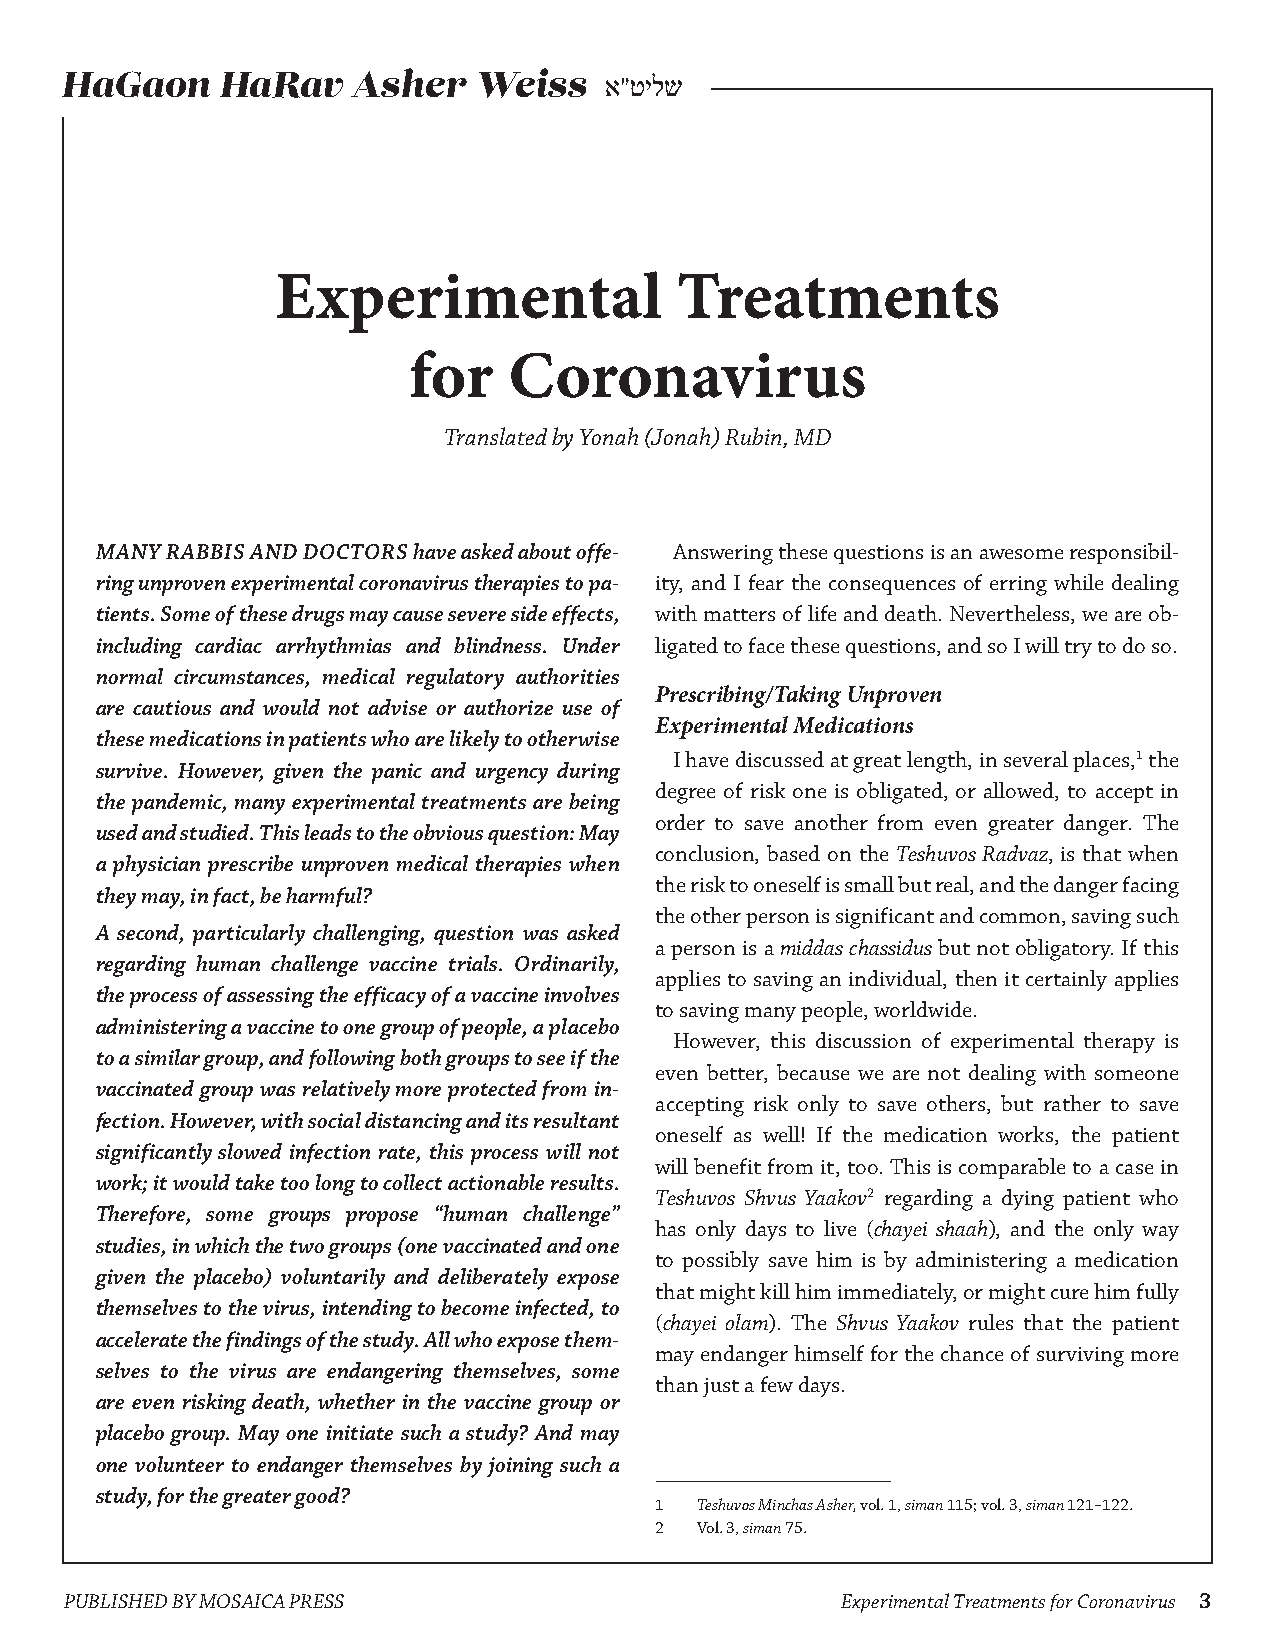
HaGaon    HaRav    Asher   Weiss    א”טילש
 Experimental               Treatments
 for    Coronavirus
 Translated by Yonah (Jonah) Rubin, MD
 MANY RABBIS AND DOCTORS have asked about offe- Answering these questions is an awesome responsibil-
 ring unproven experimental coronavirus therapies to pa- ity, and I fear the consequences of erring while dealing
 tients. Some of these drugs may cause severe side effects, with matters of life and death. Nevertheless, we are ob-
 including cardiac arrhythmias and blindness. Under ligated to face these questions, and so I will try to do so.
 normal circumstances, medical regulatory authorities
 Prescribing/Taking Unproven
 are cautious and would not advise or authorize use of
 Experimental Medications
 these medications in patients who are likely to otherwise
 I have discussed at great length, in several places,1 the
 survive. However, given the panic and urgency during
 degree of risk one is obligated, or allowed, to accept in
 the pandemic, many experimental treatments are being
 order to save another from even greater danger. The
 used and studied. This leads to the obvious question: May
 conclusion, based on the Teshuvos Radvaz, is that when
 a physician prescribe unproven medical therapies when
 the risk to oneself is small but real, and the danger facing
 they may, in fact, be harmful?
 the other person is significant and common, saving such
 A second, particularly challenging, question was asked
 a person is a middas chassidus but not obligatory. If this
 regarding human challenge vaccine trials. Ordinarily,
 applies to saving an individual, then it certainly applies
 the process of assessing the efficacy of a vaccine involves
 to saving many people, worldwide.
 administering a vaccine to one group of people, a placebo
 However, this discussion of experimental therapy is
 to a similar group, and following both groups to see if the
 even better, because we are not dealing with someone
 vaccinated group was relatively more protected from in-
 accepting risk only to save others, but rather to save
 fection. However, with social distancing and its resultant
 oneself as well! If the medication works, the patient
 significantly slowed infection rate, this process will not
 will benefit from it, too. This is comparable to a case in
 work; it would take too long to collect actionable results.
 Teshuvos Shvus Yaakov2 regarding a dying patient who
 Therefore, some groups propose “human challenge”
 has only days to live (chayei shaah), and the only way
 studies, in which the two groups (one vaccinated and one
 to possibly save him is by administering a medication
 given the placebo) voluntarily and deliberately expose
 that might kill him immediately, or might cure him fully
 themselves to the virus, intending to become infected, to
 (chayei olam). The Shvus Yaakov rules that the patient
 accelerate the findings of the study. All who expose them-
 may endanger himself for the chance of surviving more
 selves to the virus are endangering themselves, some
 than just a few days.
 are even risking death, whether in the vaccine group or
 placebo group. May one initiate such a study? And may
 one volunteer to endanger themselves by joining such a
 study, for the greater good?
 1  Teshuvos Minchas Asher, vol. 1, siman 115; vol. 3, siman 121–122.
 2  Vol. 3, siman 75.
 PUBLISHED BY MOSAICA PRESS                          Experimental Treatments for Coronavirus 3